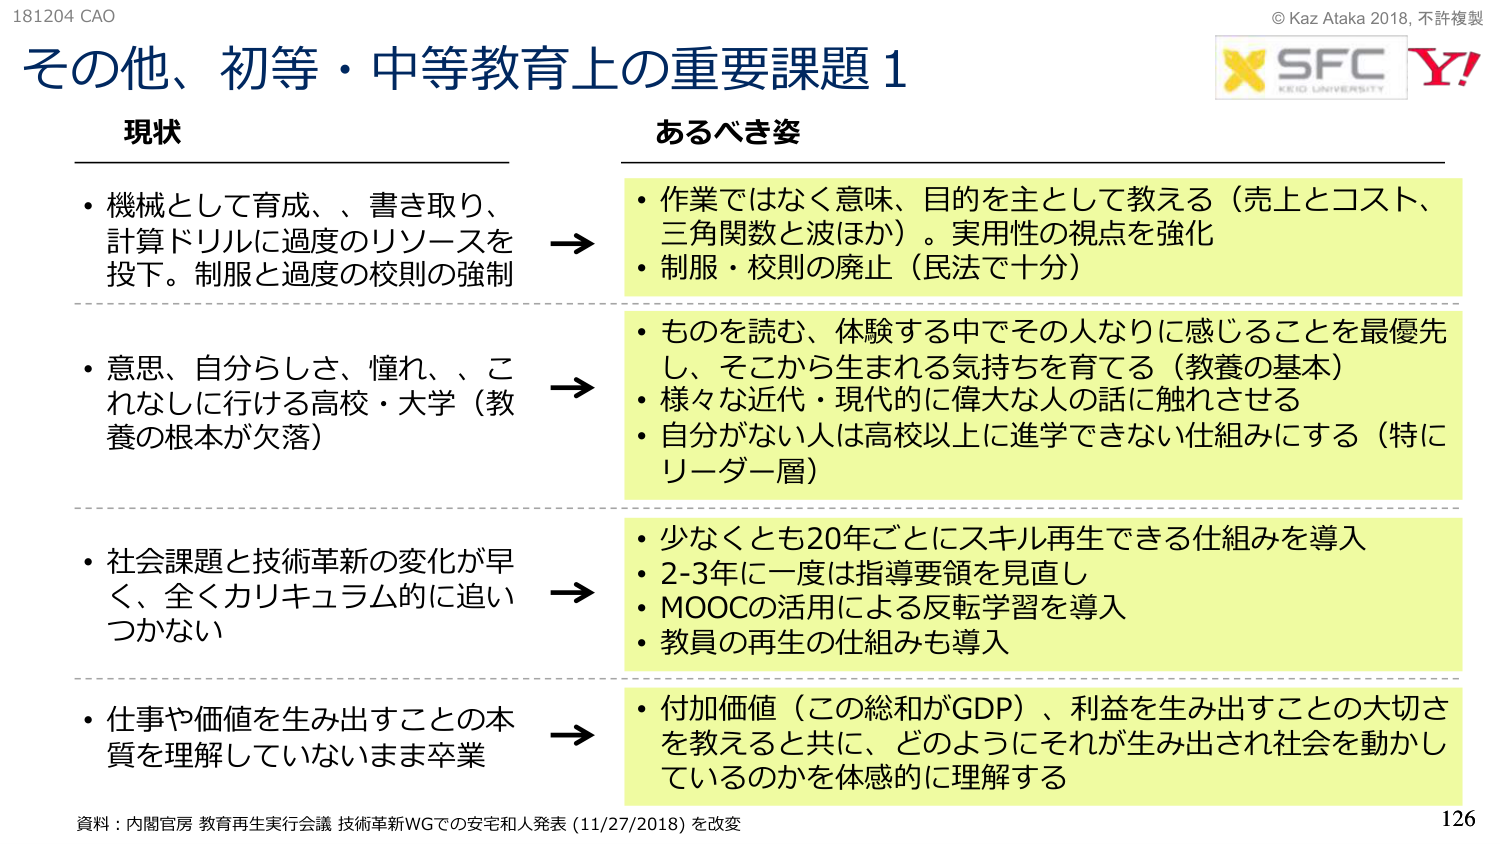
181204 CAO
その他、初等・中等教育上の重要課題1

現状
・機械として育成、書き取り、計算ドリルに過度のリソースを投下。制服と過度の校則の強制
→
・意思、自分らしさ、憧れ、、これなしに行ける高校・大学（教養の根本が欠落）
→
・社会課題と技術革新の変化が早く、全くカリキュラム的に追いつかない
→
・仕事や価値を生み出すことの本質を理解していないまま卒業
→

あるべき姿
・作業ではなく意味、目的を主として教える（売上とコスト、三角関数と波はか）。実用性の視点を強化
・制服・校則の廃止（民法で十分）
・ものを読む、体験する中でその人なりに感じることを最優先し、そこから生まれる気持ちを育てる（教養の基本）
・様々な近代・現代的に偉大な人の話に触れさせる
・自分がない人は高校以上に進学できない仕組みにする（特にリーダー層）
・少なくとも20年ごとにスキル再生できる仕組みを導入
・2-3年に一度は指導要領を見直し
・MOOCの活用による反転学習を導入
・教員の再生の仕組みも導入
・付加価値（この総和がGDP）、利益を生み出すことの大切さを教えると共に、どのようにそれが生み出され社会を動かしているのかを体感的に理解する

資料：内閣官房 教育再生実行会議 技術革新WGでの安宅和人発表 (11/27/2018) を改変

© Kaz Ataka 2018, 不許複製
X SFC KEIO UNIVERSITY Y!
126